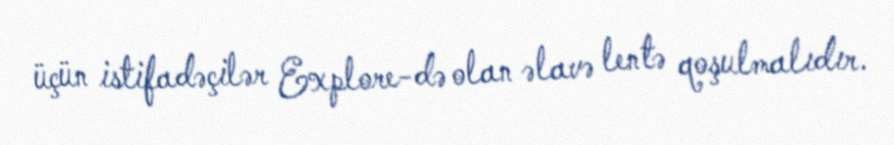
üçün istifadəçilər Explore-də olan əlavə lentə qoşulmalıdır.